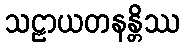
သဠာယတနန္တိဿ